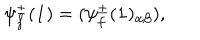
\psi _ { f } ^ { \pm } ( { \bf 1 } ) = ( \psi _ { f } ^ { \pm } ( { \bf 1 } ) _ { \alpha \beta } ) ,